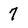
Character: 7